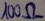
Text: 100Ω